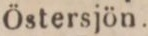
Östersjön.